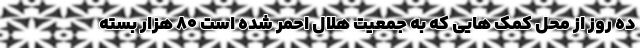
ده روز از محل کمک هایی که به جمعیت هلال احمر شده است ۸۰ هزار بسته